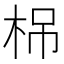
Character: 𣑐